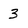
Character: 3